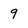
Character: 9